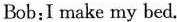
Bob:I make my bed.